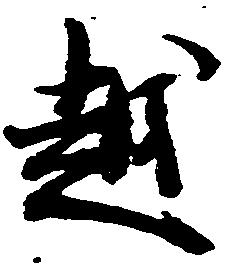
越